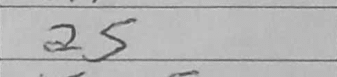
Transcription: a5